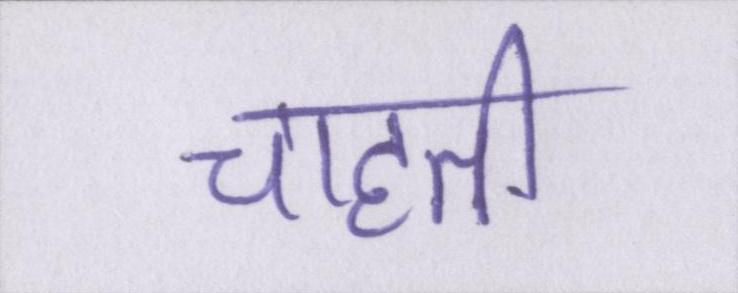
चाहती